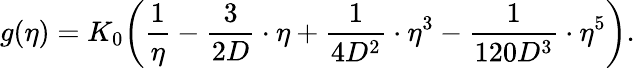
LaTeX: g(\eta)=K_{0}\bigg(\frac{1}{\eta}-\frac{3}{2D}\cdot\eta+\frac{1}{4D^{2}}\cdot\eta^{3}-\frac{1}{120D^{3}}\cdot\eta^{5}\bigg).